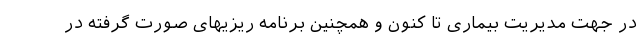
در جهت مدیریت بیماری تا کنون و همچنین برنامه ریزیهای صورت گرفته در